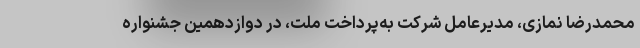
محمدرضا نمازی، مدیرعامل شرکت به‌پرداخت ملت، در دوازدهمین جشنواره